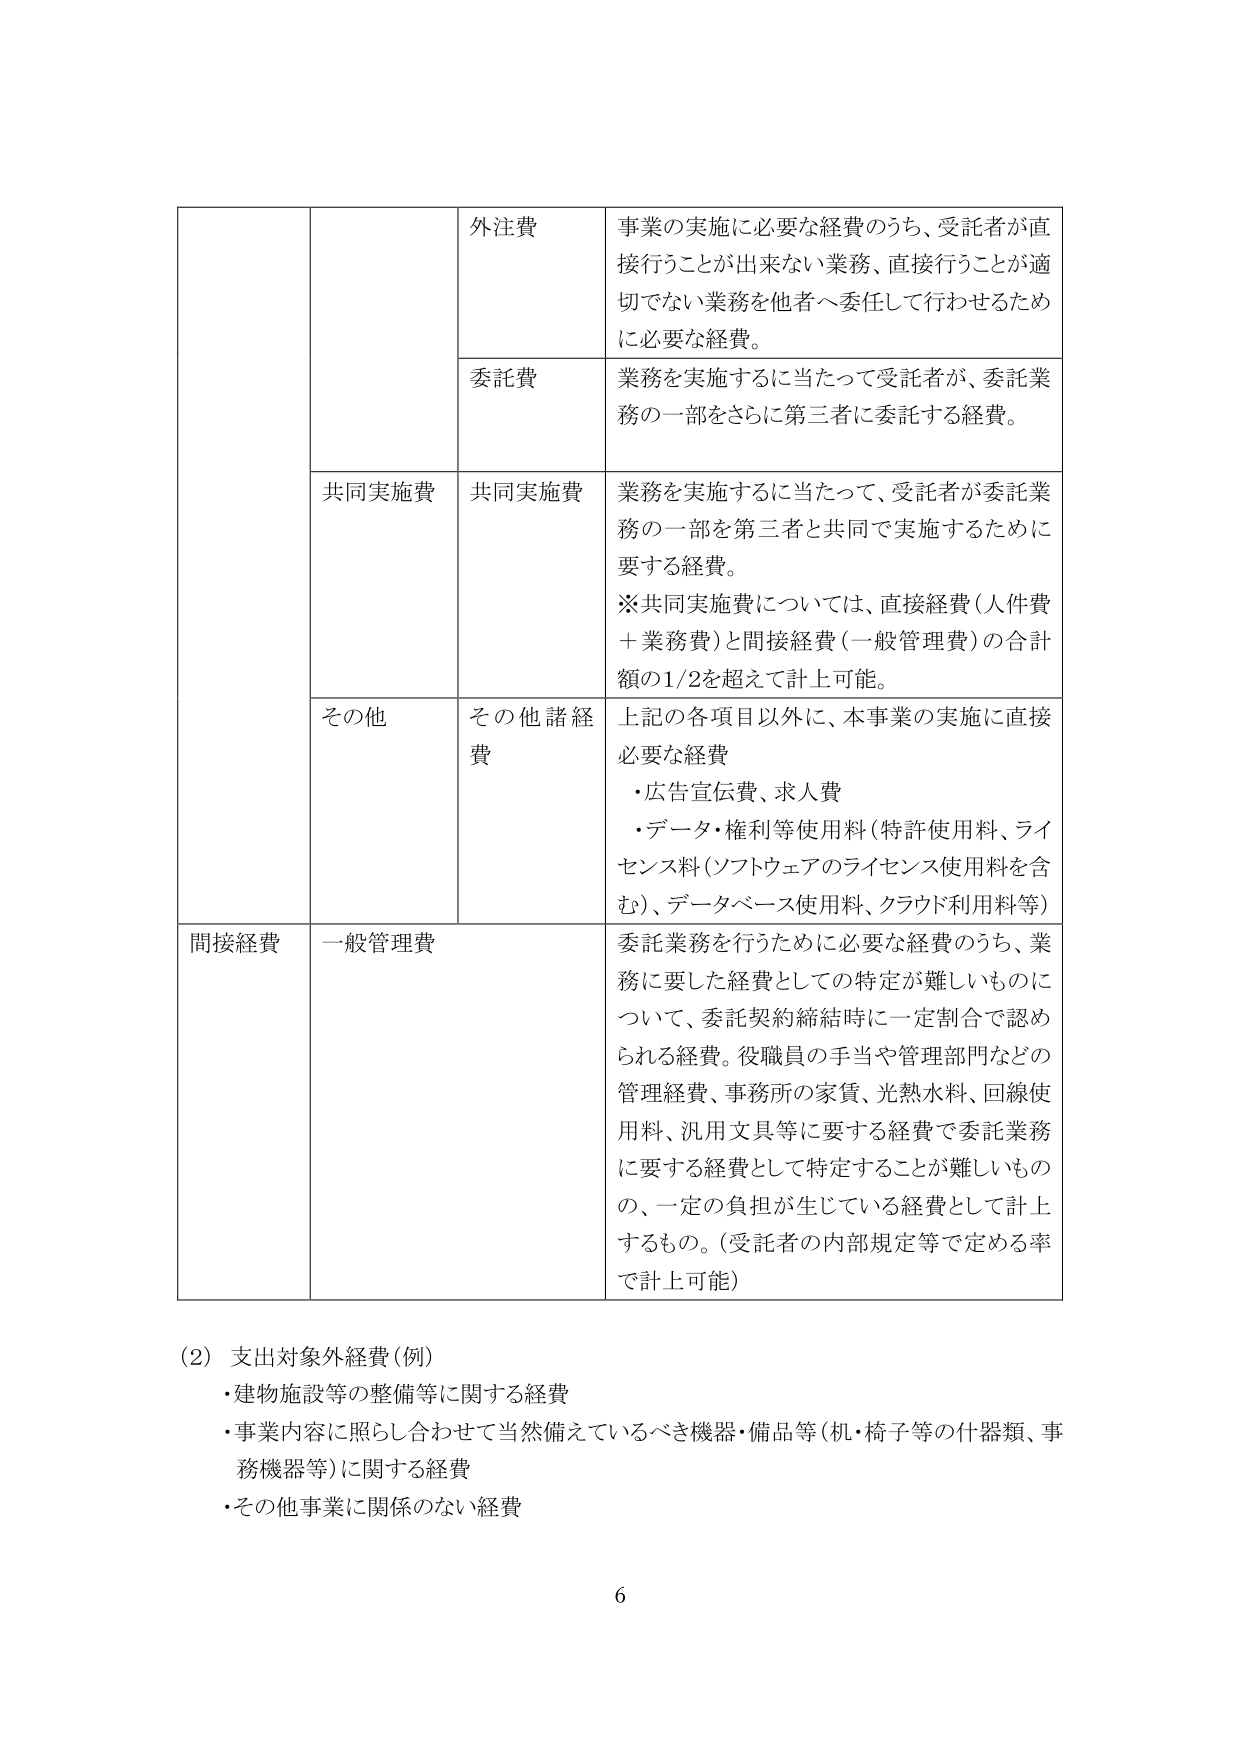
外注費
事業の実施に必要な経費のうち、受託者が直接行うことが出来ない業務、直接行うことが適切でない業務を他者へ委任して行わせるために必要な経費。

委託費
業務を実施するに当たって受託者が、委託業務の一部をさらに第三者に委託する経費。

共同実施費
共同実施費
業務を実施するに当たって、受託者が委託業務の一部を第三者と共同で実施するために要する経費。
※共同実施費については、直接経費（人件費＋業務費）と間接経費（一般管理費）の合計額の1/2を超えて計上可能。

その他
その他諸経費
上記の各項目以外に、本事業の実施に直接必要な経費
・広告宣伝費、求人費
・データ・権利等使用料（特許使用料、ライセンス料（ソフトウェアのライセンス使用料を含む）、データベース使用料、クラウド利用料等）

間接経費
一般管理費
委託業務を行うために必要な経費のうち、業務に要した経費としての特定が難しいものについて、委託契約締結時に一定割合で認められる経費。役職員の手当や管理部門などの管理経費、事務所の家賃、光熱水料、回線使用料、汎用文具等に要する経費で委託業務に要する経費として特定することが難しいもの、一定の負担が生じている経費として計上するもの。（受託者の内部規定等で定める率で計上可能）

(2) 支出対象外経費（例）
・建物施設等の整備等に関する経費
・事業内容に照らし合わせて当然備えているべき機器・備品等（机・椅子等の什器類、事務機器等）に関する経費
・その他事業に関係のない経費

6